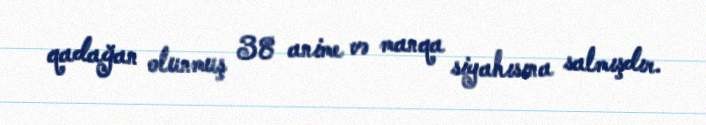
qadağan olunmuş 38 anime və manqa siyahısına salmışdır.